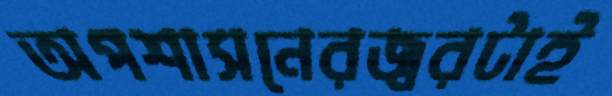
অপশাসনেরজ্বরটাই